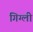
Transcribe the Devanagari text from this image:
गिग्ली